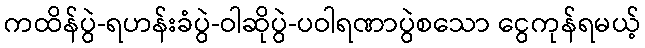
ကထိန်ပွဲ-ရဟန်းခံပွဲ-ဝါဆိုပွဲ-ပဝါရဏာပွဲစသော ငွေကုန်ရမယ့်